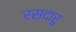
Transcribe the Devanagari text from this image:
रसदारु